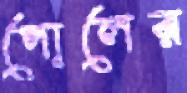
পোলের